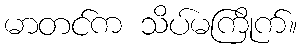
မာတင်က သိပ်မကြိုက်။